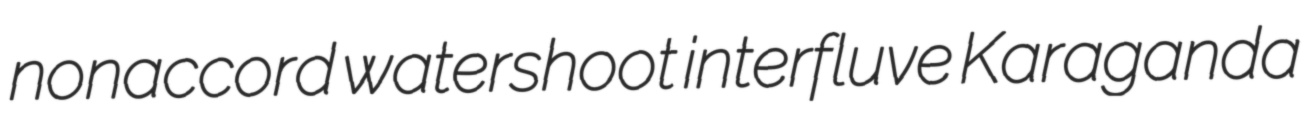
nonaccord watershoot interfluve Karaganda